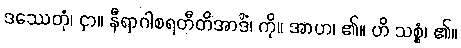
ဒဿေတုံ၊ ငှာ။ နီရာဂါစရတီတိအာဒိံ၊ ကို။ အာဟ၊ ၏။ ဟိ သစ္စံ၊ ၏။